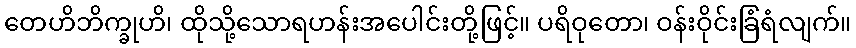
တေဟိဘိက္ခုဟိ၊ ထိုသို့သောရဟန်းအပေါင်းတို့ဖြင့်။ ပရိဝုတော၊ ဝန်းဝိုင်းခြံရံလျက်။